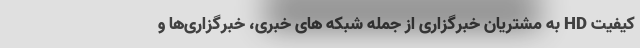
کیفیت HD به مشتریان خبرگزاری از جمله شبکه های خبری، خبرگزاری‌ها و